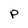
Character: P